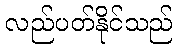
လည်ပတ်နိုင်သည်